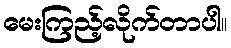
မေးကြည့်လိုက်တာပါ။